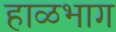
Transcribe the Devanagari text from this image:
हाळभाग